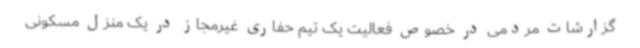
گزارشات مردمی در خصوص فعالیت یک تیم حفاری غیرمجاز در یک منزل مسکونی